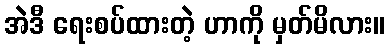
အဲဒီ ရေးစပ်ထားတဲ့ ဟာကို မှတ်မိလား။